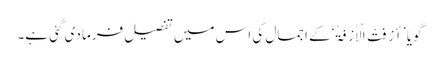
گویا ’أَزِفَتْ الْاٰزِفَۃُ‘ کے اجمال کی اس میں تفصیل فرما دی گئی ہے۔